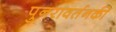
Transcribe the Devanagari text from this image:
पुनरावर्तनकी